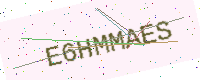
Text: E6HMMAES